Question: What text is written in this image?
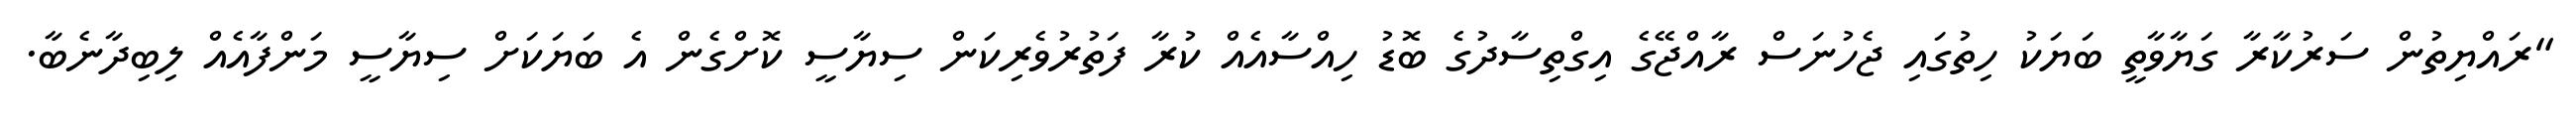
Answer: "ރައްޔިތުން ސަރުކާރާ ގަޔާވާތީ ބަޔަކު ހިތުގައި ޖެހުނަސް ރާއްޖޭގެ އިގްތިސާދުގެ ބޮޑު ހިއްސާއެއް ކުރާ ފަތުރުވެރިކަން ސިޔާސީ ކޮށްގެން އެ ބަޔަކަށް ސިޔާސީ މަންފާއެއް ލިބިދާނެބާ.